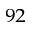
^ { 9 2 }